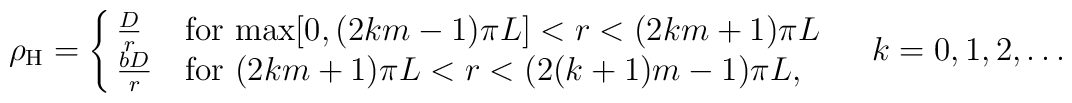
\rho_{\rm H}=\cases{ {D\over r} & for max$[0,(2km-1)\pi L]<r<(2km+1)\pi L$  \cr{bD\over r} & for $(2km+1)\pi L<r<\big(2(k+1)m-1\big)\pi L$, \cr     }\quad k=0,1,2,\dots